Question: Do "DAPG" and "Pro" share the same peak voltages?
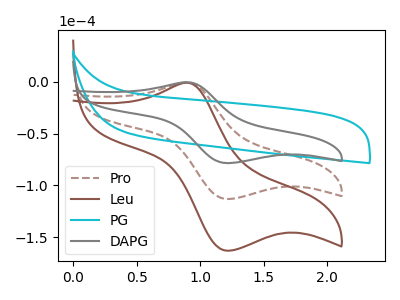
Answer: <think>The brown dashed curve "Pro" has an anodic peak at (0.90V, -0.65uA) and a cathodic peak at (1.20V, -113.30uA). The brown curve "Leu" has an anodic peak at (0.90V, -1.25uA) and a cathodic peak at (1.20V, -226.65uA). The cyan curve "PG" has no peaks. The gray curve "DAPG" has an anodic peak at (0.90V, -0.45uA) and a cathodic peak at (1.20V, -78.65uA).</think>
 <answer>Yes, "DAPG" have a peak in "Pro" at the same potential.</answer>
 <eval>match</eval>